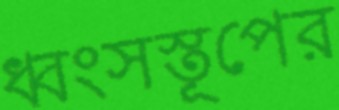
ধ্বংসস্তূপের